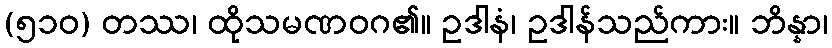
(၅၁၀) တဿ၊ ထိုသမဏဝဂ၏။ ဥဒါနံ၊ ဥဒါန်သည်ကား။ ဘိန္နာ၊